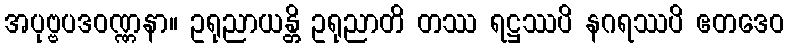
အပုဗ္ဗပဒဝဏ္ဏနာ။ ဥရုညာယန္တိ ဥရုညာတိ တဿ ရဋ္ဌဿပိ နဂရဿပိ ဧတဒေဝ